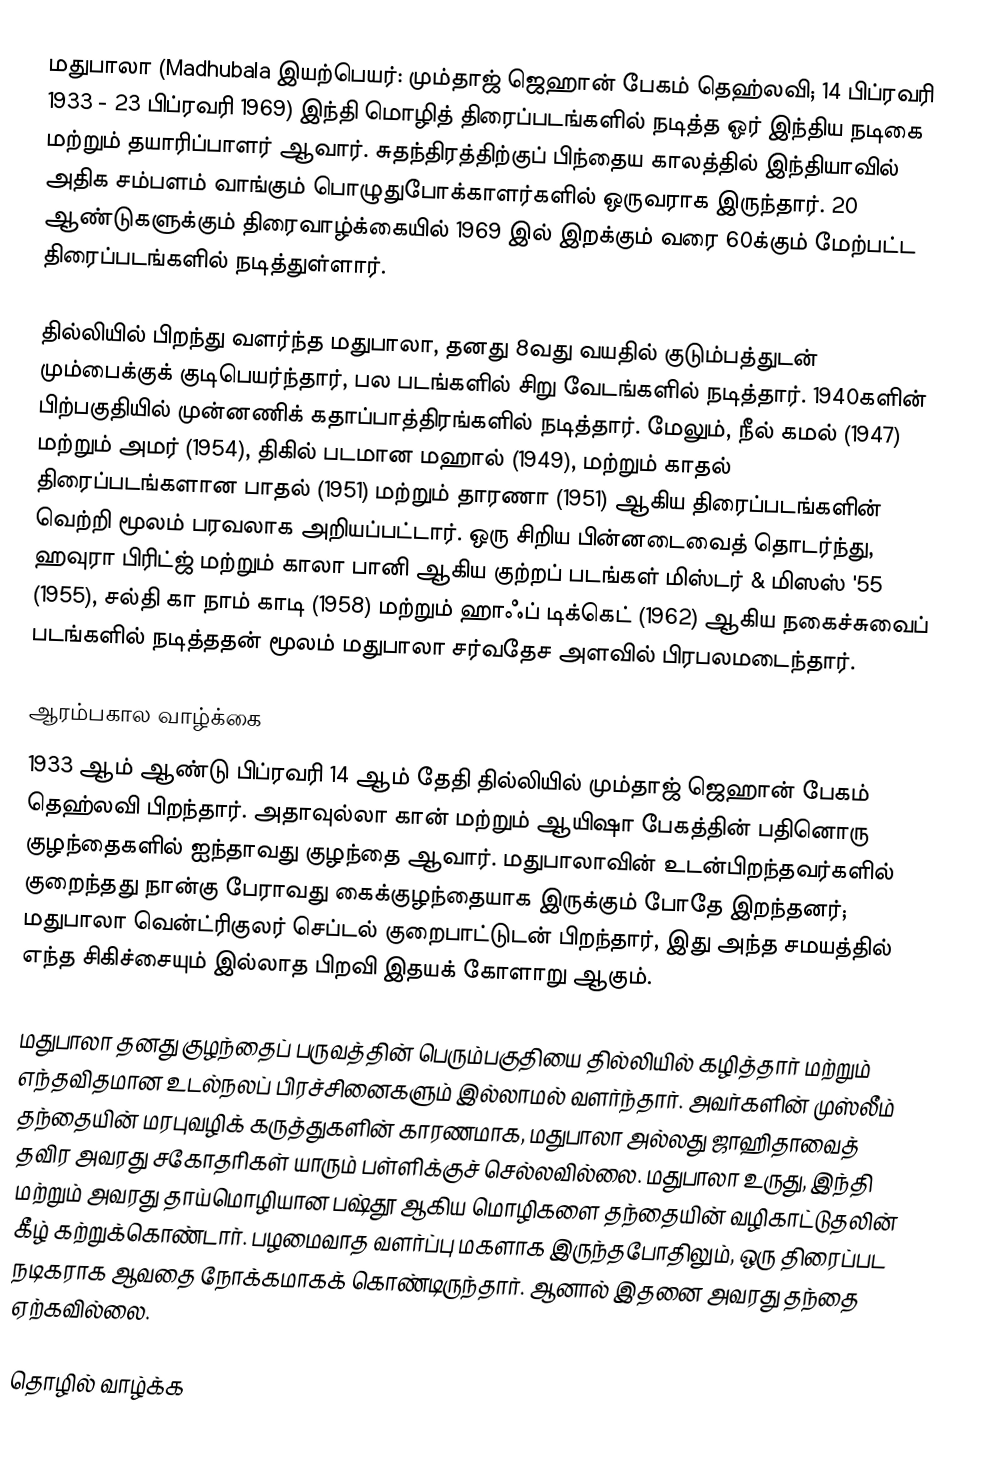
மதுபாலா (Madhubala இயற்பெயர்: மும்தாஜ் ஜெஹான் பேகம் தெஹ்லவி; 14 பிப்ரவரி 1933 - 23 பிப்ரவரி 1969) இந்தி மொழித் திரைப்படங்களில் நடித்த ஓர் இந்திய நடிகை மற்றும் தயாரிப்பாளர் ஆவார். சுதந்திரத்திற்குப் பிந்தைய காலத்தில் இந்தியாவில் அதிக சம்பளம் வாங்கும் பொழுதுபோக்காளர்களில் ஒருவராக இருந்தார். 20 ஆண்டுகளுக்கும் திரைவாழ்க்கையில் 1969 இல்  இறக்கும் வரை 60க்கும் மேற்பட்ட திரைப்படங்களில் நடித்துள்ளார்.

தில்லியில் பிறந்து வளர்ந்த மதுபாலா, தனது 8வது வயதில் குடும்பத்துடன் மும்பைக்குக் குடிபெயர்ந்தார்,  பல படங்களில் சிறு வேடங்களில் நடித்தார்.  1940களின் பிற்பகுதியில் முன்னணிக் கதாப்பாத்திரங்களில் நடித்தார். மேலும், நீல் கமல் (1947) மற்றும் அமர் (1954), திகில் படமான மஹால் (1949), மற்றும் காதல் திரைப்படங்களான பாதல் (1951) மற்றும் தாரணா (1951) ஆகிய திரைப்படங்களின் வெற்றி மூலம் பரவலாக அறியப்பட்டார்.  ஒரு சிறிய பின்னடைவைத் தொடர்ந்து, ஹவுரா பிரிட்ஜ் மற்றும் காலா பானி ஆகிய குற்றப் படங்கள் மிஸ்டர் & மிஸஸ் '55 (1955), சல்தி கா நாம் காடி (1958) மற்றும் ஹாஃப் டிக்கெட் (1962) ஆகிய நகைச்சுவைப் படங்களில் நடித்ததன் மூலம் மதுபாலா சர்வதேச அளவில் பிரபலமடைந்தார்.

ஆரம்பகால வாழ்க்கை
1933 ஆம் ஆண்டு பிப்ரவரி 14 ஆம் தேதி தில்லியில் மும்தாஜ் ஜெஹான் பேகம் தெஹ்லவி பிறந்தார்.  அதாவுல்லா கான் மற்றும் ஆயிஷா பேகத்தின் பதினொரு குழந்தைகளில் ஐந்தாவது குழந்தை ஆவார்.  மதுபாலாவின் உடன்பிறந்தவர்களில் குறைந்தது நான்கு பேராவது கைக்குழந்தையாக இருக்கும் போதே இறந்தனர்;  மதுபாலா வென்ட்ரிகுலர் செப்டல் குறைபாட்டுடன் பிறந்தார், இது அந்த சமயத்தில் எந்த சிகிச்சையும் இல்லாத பிறவி இதயக் கோளாறு ஆகும்.

மதுபாலா தனது குழந்தைப் பருவத்தின் பெரும்பகுதியை தில்லியில் கழித்தார் மற்றும் எந்தவிதமான உடல்நலப் பிரச்சினைகளும் இல்லாமல் வளர்ந்தார்.  அவர்களின் முஸ்லீம் தந்தையின் மரபுவழிக் கருத்துகளின் காரணமாக, மதுபாலா அல்லது ஜாஹிதாவைத் தவிர அவரது சகோதரிகள் யாரும் பள்ளிக்குச் செல்லவில்லை.   மதுபாலா உருது, இந்தி மற்றும் அவரது தாய்மொழியான பஷ்தூ ஆகிய மொழிகளை தந்தையின் வழிகாட்டுதலின் கீழ் கற்றுக்கொண்டார்.   பழமைவாத வளர்ப்பு மகளாக  இருந்தபோதிலும், ஒரு திரைப்பட நடிகராக ஆவதை நோக்கமாகக் கொண்டிருந்தார். ஆனால் இதனை அவரது தந்தை ஏற்கவில்லை.

தொழில் வாழ்க்க